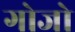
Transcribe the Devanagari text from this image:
गोजो